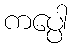
ကပ္ပေါ